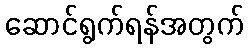
ဆောင်ရွက်ရန်အတွက်